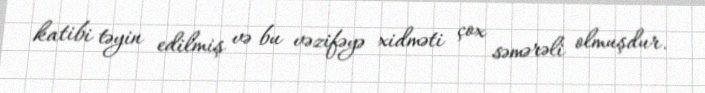
katibi təyin edilmiş və bu vəzifəyə xidməti çox səmərəli olmuşdur.